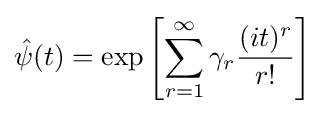
{\hat {\psi }}(t)=\exp \left[\sum _{r=1}^{\infty }\gamma _{r}{\frac {(it)^{r}}{r!}}\right]